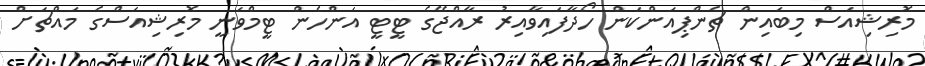
މޮރިޝިއަސް މިބައިން ޗެންޕިއަންކަން ހޯދާފައިވާއިރު ރާއްޖޭގެ ޓީޓީ އަންހެން ޓީމްވަނީ މޮރިޝިއަސްގެ މައްޗަށް